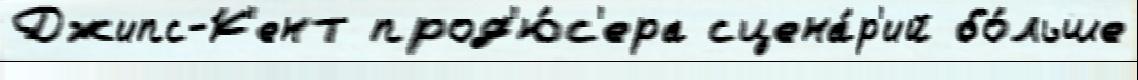
Джипс-К'ент прод'ю́с'ера сцена́р'ий бо́льше